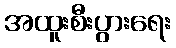
အထူးစီးပွားရေး